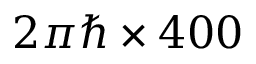
2 \pi \hbar \times 4 0 0